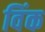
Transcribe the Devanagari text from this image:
विंक